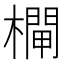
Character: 𣜊